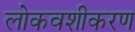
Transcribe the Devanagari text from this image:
लोकवशीकरण